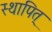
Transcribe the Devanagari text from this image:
स्थापित्